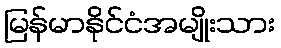
မြန်မာနိုင်ငံအမျိုးသား